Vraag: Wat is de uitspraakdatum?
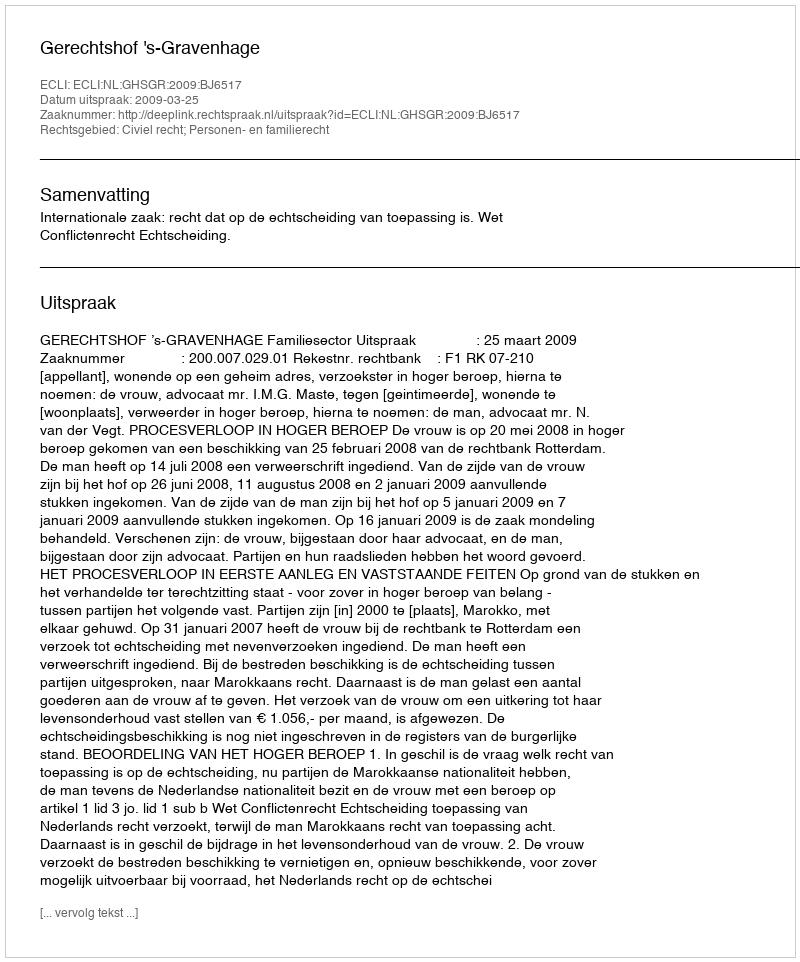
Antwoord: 2009-03-25